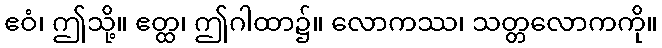
ဧဝံ၊ ဤသို့။ ဧတ္ထ၊ ဤဂါထာ၌။ လောကဿ၊ သတ္တလောကကို။